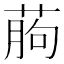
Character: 葋